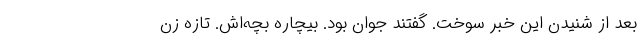
بعد از شنیدن این خبر سوخت. گفتند جوان بود. بیچاره بچه‌اش. تازه زن